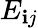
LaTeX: E_{\mathbf{i}j}